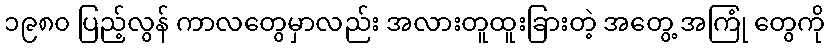
၁၉၈၀ ပြည့်လွန် ကာလတွေမှာလည်း အလားတူထူးခြားတဲ့ အတွေ့ အကြုံ တွေကို